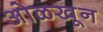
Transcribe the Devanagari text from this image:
अोळखून